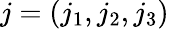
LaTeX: j=(j_{1},j_{2},j_{3})